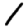
Digit: 1